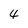
Character: 4